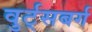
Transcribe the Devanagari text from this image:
वुर्ट्‌सबर्ग